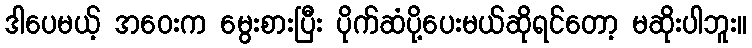
ဒါပေမယ့် အဝေးက မွေးစားပြီး ပိုက်ဆံပို့ပေးမယ်ဆိုရင်တော့ မဆိုးပါဘူး။